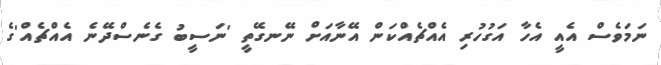
ނަމަވެސް އެއީ އެހާ އަގުހުރި އެއްޗެއްކަން އޭނާއަށް ނޭނގޭތީ 'ނަސީބު ގެނެސްދޭނެ އެއްޗެއް'ގެ